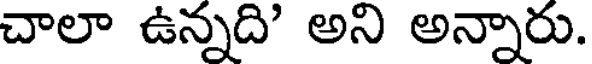
చాలా ఉన్నది' అని అన్నారు.